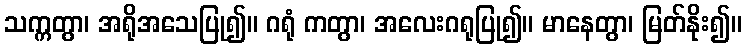
သက္ကတွာ၊ အရိုအသေပြု၍။ ဂရုံ ကတွာ၊ အလေးဂရုပြု၍။ မာနေတွာ၊ မြတ်နိုး၍။